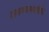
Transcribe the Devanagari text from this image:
टाळण्यासाठीचे